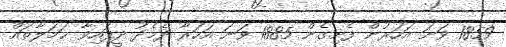
1859 ވަނަ އަހަރުން ފެށިގެން 1885 ވަނަ އަހަރާ ދެމެދު ދީފައިވާ ޙަމަލާތައް